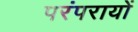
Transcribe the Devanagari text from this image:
परंपरायों